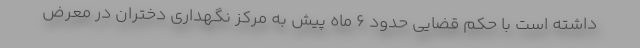
داشته است با حکم قضایی حدود ۶ ماه پیش به مرکز نگهداری دختران در معرض